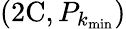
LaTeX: (\mathrm{2C},P_{k_{\mathrm{min}}})